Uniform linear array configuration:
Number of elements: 64
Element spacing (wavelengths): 0.25
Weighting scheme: blackman
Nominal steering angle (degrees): -45
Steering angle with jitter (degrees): -44.776
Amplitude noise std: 0.05
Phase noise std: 0.05

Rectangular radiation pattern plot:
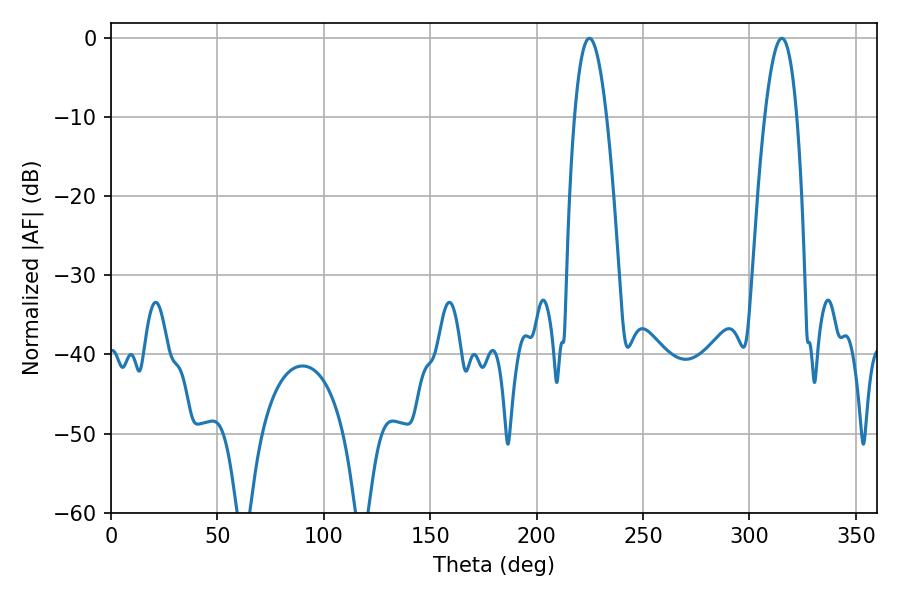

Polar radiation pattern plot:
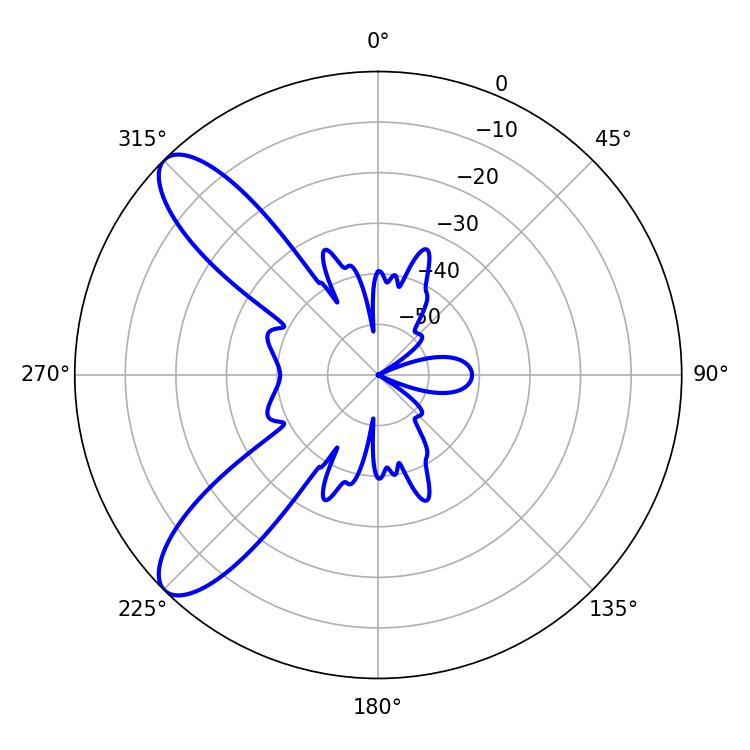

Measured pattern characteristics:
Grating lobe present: FALSE
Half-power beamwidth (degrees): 8.28
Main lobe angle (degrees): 224.82